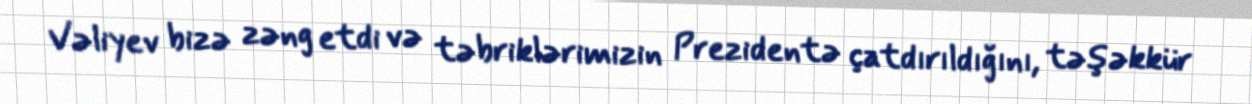
Vəliyev bizə zəng etdi və təbriklərimizin Prezidentə çatdırıldığını, təşəkkür